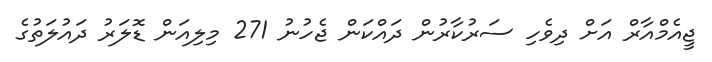
ޖީއެމްއާރް އަށް ދިވެހި ސަރުކާރުން ދައްކަން ޖެހުނު 271 މިލިއަން ޑޮލަރު ދައުލަތުގެ